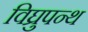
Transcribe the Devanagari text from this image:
विघ्रुपन्थ